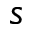
s